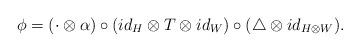
LaTeX: \begin{align*} \phi =(\cdot \otimes \alpha)\circ (id_{H}\otimes T\otimes id_{W})\circ (\triangle \otimes id_{H\otimes W}).\end{align*}